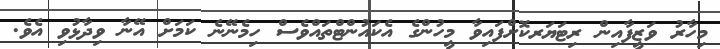
މިހާރު ވަޒީފާއިން ރިޓަޔަރކޮށްފައިވާ މީހުންގެ އެކައުންޓްތައްވެސް ހިމެނޭނެ ކަމަށް އޭނާ ވިދާޅުވި އެވެ.